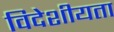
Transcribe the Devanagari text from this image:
विदेशीयता